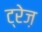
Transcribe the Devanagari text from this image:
ट्रेज़